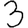
Digit: 3